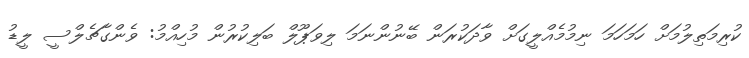
ކުރިމަތިލުމަށް ހަމަހަމަ ނިމުމެއްލީގަށް ވާދަކުރަން ބޭނުންނަމަ ލިވަޕޫލް ބަލިކުރުން މުހިއްމު: ވެންގާޗެލްސީ ލީޑު